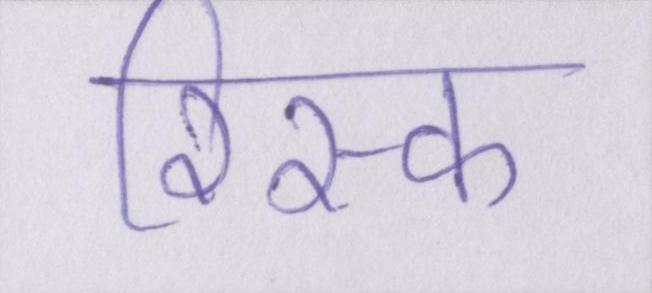
रिस्क